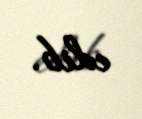
edib.